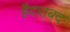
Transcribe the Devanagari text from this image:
हैदराबद